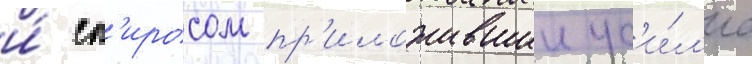
и́ сп'иросом пр'иложившии ус'и́л'иа